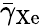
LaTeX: \bar{\gamma}_{\mathrm{Xe}}